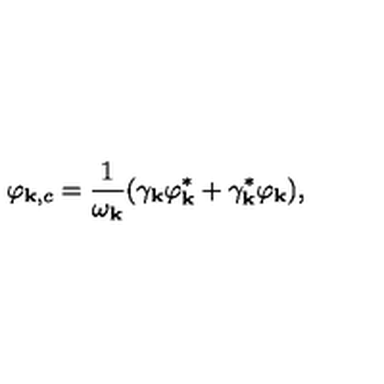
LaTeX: \varphi _ { { \bf k } , c } = \frac { 1 } { \omega _ { \bf k } } ( \gamma _ { \bf k } \varphi _ { \bf k } ^ { * } + \gamma _ { \bf k } ^ { * } \varphi _ { \bf k } ) ,